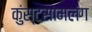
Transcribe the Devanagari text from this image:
कुंस्टसामलंग